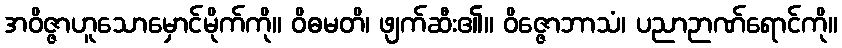
အဝိဇ္ဇာဟူသောမှောင်မိုက်ကို။ ဝိဓမတိ၊ ဖျက်ဆီး၏။ ဝိဇ္ဇောဘာသံ၊ ပညာဉာဏ်ရောင်ကို။